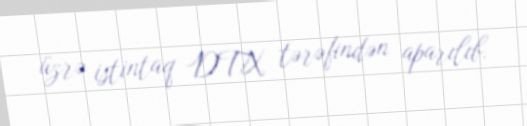
üzrə istintaq DTX tərəfindən aparılıb.